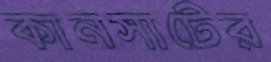
কানসাটের